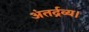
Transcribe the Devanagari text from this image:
अंतर्द्रव्य।